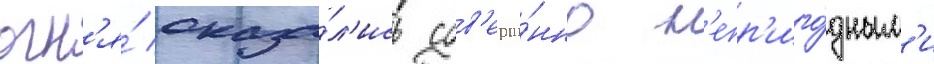
огн'я́ оказа́л'ись сов'ерше́нно н'епр'иго́дным'и